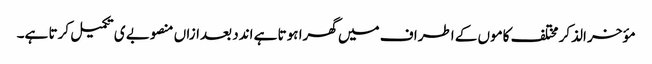
مؤخر الذکر مختلف کاموں کے اطراف میں گھرا ہوتا ہے اندد بعدازاں منصوبے ی تکمیل کرتا ہے۔